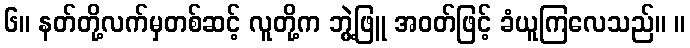
၆။ နတ်တို့လက်မှတစ်ဆင့် လူတို့က ဘွဲ့ဖြူ အဝတ်ဖြင့် ခံယူကြလေသည်။ ။